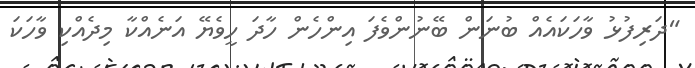
"ދަރިފުޅު ވާހަކައެއް ބުނަން ބޭނުންވެފަ އިންހެން ހާދަ ހީވެޔޭ އަނެއްކާ މިދެއްކި ވާހަކަ